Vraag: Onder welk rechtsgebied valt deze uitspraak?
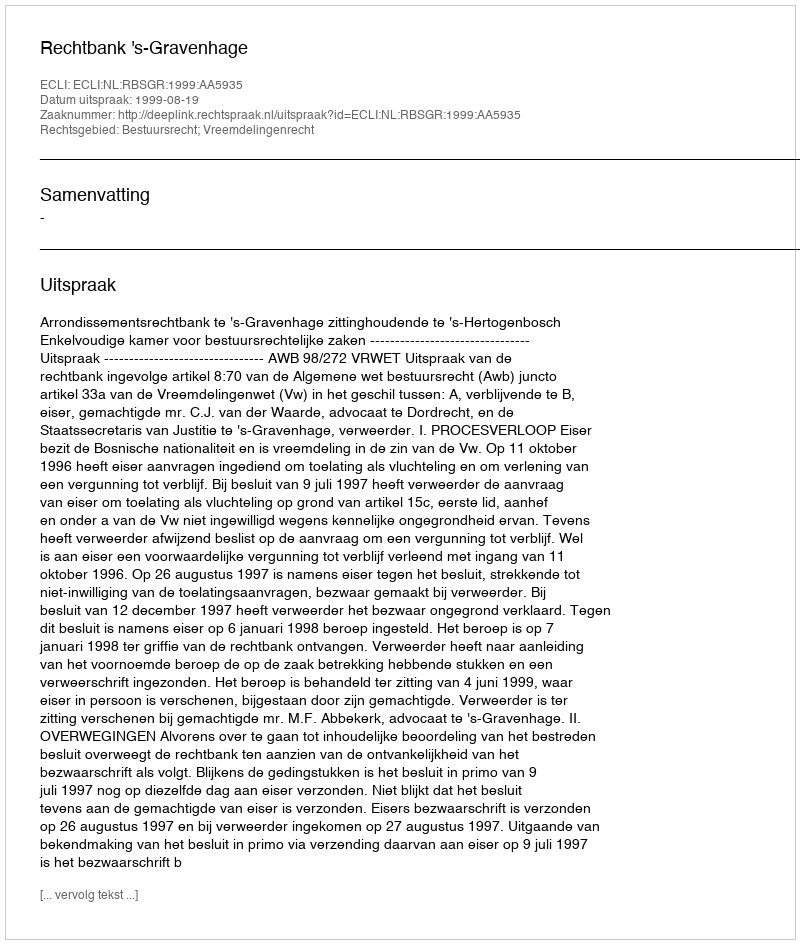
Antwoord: Bestuursrecht; Vreemdelingenrecht